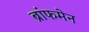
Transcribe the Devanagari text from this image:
ब्रांफमेन